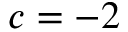
c = - 2